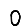
Digit: 0